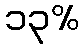
၁၃%